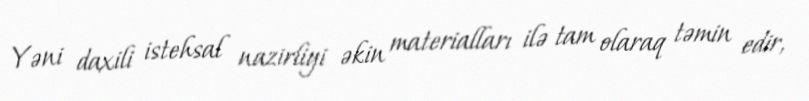
Yəni daxili istehsal nazirliyi əkin materialları ilə tam olaraq təmin edir,